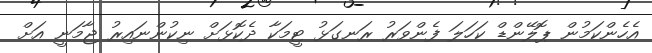
އެހެންކަމުން ޕޮލޭންޑް ކަހަލަ ފެންވަރު ރަނގަޅު ޓީމަކާ ދެކޮޅަށް ނިކުންނައިރު ޖާމަނީ އަށް